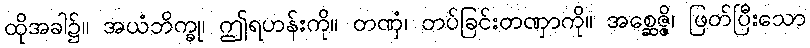
ထိုအခါ၌။ အယံဘိက္ခု၊ ဤရဟန်းကို။ တဏှံ၊ တပ်ခြင်းတဏှာကို။ အစ္ဆေဇ္ဇိ၊ ဖြတ်ပြီးသော